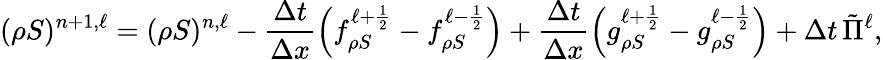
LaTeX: (\rho S)^{n+1,\ell}=(\rho S)^{n,\ell}-\frac{\Delta t}{\Delta x}\left(f_{\rho S}^{\ell+\frac{1}{2}}-f_{\rho S}^{\ell-\frac{1}{2}}\right)+\frac{\Delta t}{\Delta x}\left(g_{\rho S}^{\ell+\frac{1}{2}}-g_{\rho S}^{\ell-\frac{1}{2}}\right)+\Delta t\, \tilde{\Pi}^{\ell},